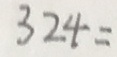
3 2 4 =